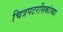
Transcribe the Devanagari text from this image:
चित्रपटरसिकांच्या